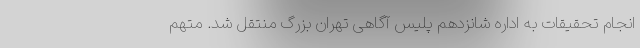
انجام تحقیقات به اداره شانزدهم پلیس آگاهی تهران بزرگ منتقل شد. متهم